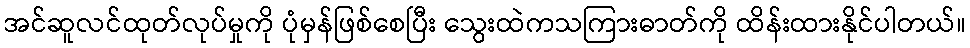
အင်ဆူလင်ထုတ်လုပ်မှုကို ပုံမှန်ဖြစ်စေပြီး သွေးထဲကသကြားဓာတ်ကို ထိန်းထားနိုင်ပါတယ်။